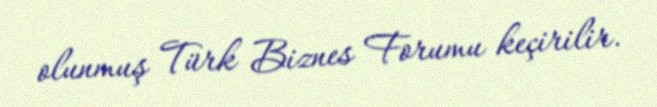
olunmuş Türk Biznes Forumu keçirilir.